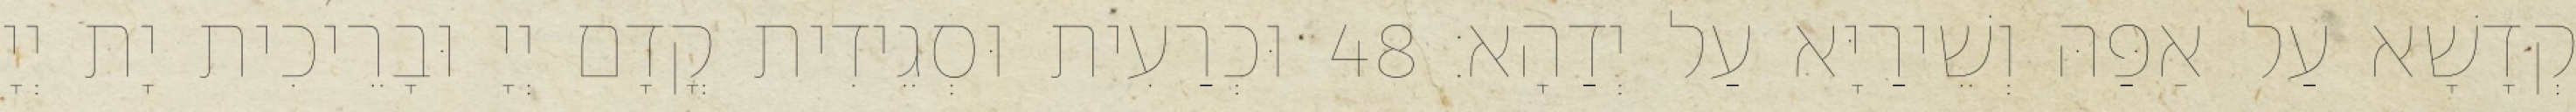
קְדָשָׁא עַל אַפַּהּ וְשֵׁירַיָּא עַל יְדַהָא׃ 48 וּכְרַעִית וּסְגֵידִית קֳדָם יְיָ וּבָרֵיכִית יָת יְיָ